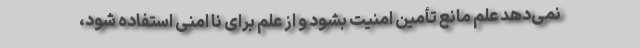
نمی‌دهد علم مانع تأمین امنیت بشود و از علم برای نا امنی استفاده شود،